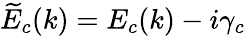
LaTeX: \widetilde{E}_{c}(k)=E_{c}(k)-i\gamma_{c}